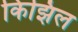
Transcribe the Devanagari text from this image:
किझिल